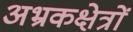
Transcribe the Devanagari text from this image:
अभ्रकक्षेत्रों